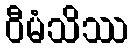
ဝီမံသိဿ